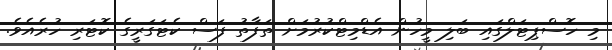
މި ހޮސްޕިޓަލްގައި ބަލި މީހުން އެޑްމިޓްކުރުމަށް ތަފާތު ފަސް ކެޓަގަރީގެ ކޮޓަރި ހުރެއެވެ.